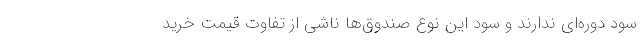
سود دوره‌ای ندارند و سود این نوع صندوق‌ها ناشی از تفاوت قیمت خرید